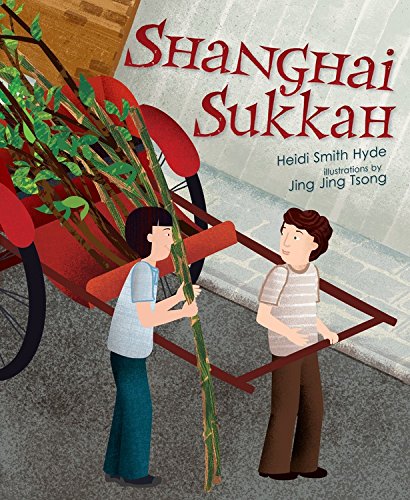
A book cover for Shanghai Sukkah; Heidi Hyde; Children's Books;